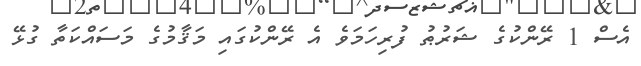
އެސް 1 ރޭންކުގެ ޝަރުޠު ފުރިހަމަވެ އެ ރޭންކުގައި މަޤާމުގެ މަސައްކަތާ ގުޅޭ